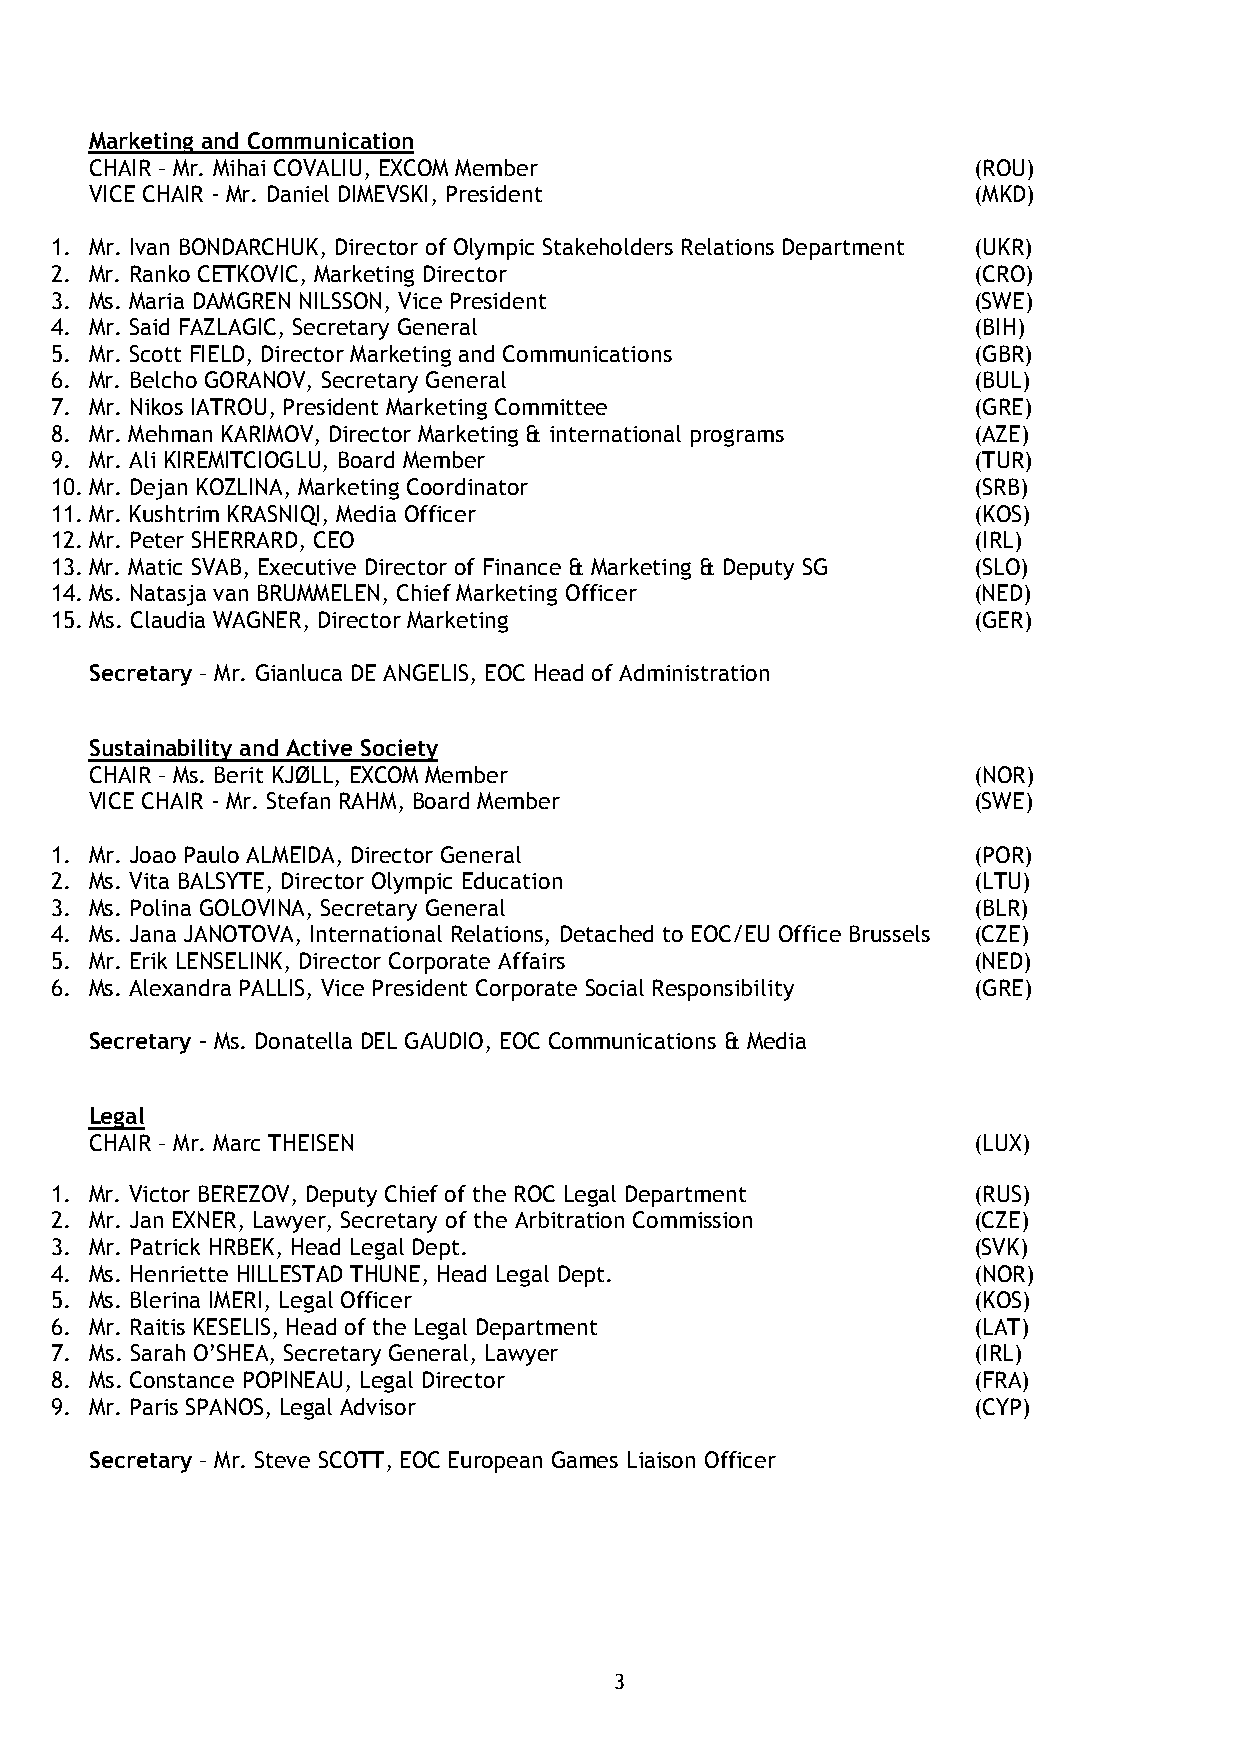
Marketing and Communication
 CHAIR – Mr. Mihai COVALIU, EXCOM Member                   (ROU)
 VICE CHAIR - Mr. Daniel DIMEVSKI, President               (MKD)
 1. Mr. Ivan BONDARCHUK, Director of Olympic Stakeholders Relations Department (UKR)
 2. Mr. Ranko CETKOVIC, Marketing Director                    (CRO)
 3. Ms. Maria DAMGREN NILSSON, Vice President                 (SWE)
 4. Mr. Said FAZLAGIC, Secretary General                      (BIH)
 5. Mr. Scott FIELD, Director Marketing and Communications    (GBR)
 6. Mr. Belcho GORANOV, Secretary General                     (BUL)
 7. Mr. Nikos IATROU, President Marketing Committee           (GRE)
 8. Mr. Mehman KARIMOV, Director Marketing & international programs (AZE)
 9. Mr. Ali KIREMITCIOGLU, Board Member                       (TUR)
 10. Mr. Dejan KOZLINA, Marketing Coordinator                 (SRB)
 11. Mr. Kushtrim KRASNIQI, Media Officer                     (KOS)
 12. Mr. Peter SHERRARD, CEO                                  (IRL)
 13. Mr. Matic SVAB, Executive Director of Finance & Marketing & Deputy SG (SLO)
 14. Ms. Natasja van BRUMMELEN, Chief Marketing Officer       (NED)
 15. Ms. Claudia WAGNER, Director Marketing                   (GER)
 Secretary – Mr. Gianluca DE ANGELIS, EOC Head of Administration
 Sustainability and Active Society
 CHAIR – Ms. Berit KJØLL, EXCOM Member                     (NOR)
 VICE CHAIR - Mr. Stefan RAHM, Board Member                (SWE)
 1. Mr. Joao Paulo ALMEIDA, Director General                  (POR)
 2. Ms. Vita BALSYTE, Director Olympic Education              (LTU)
 3. Ms. Polina GOLOVINA, Secretary General                    (BLR)
 4. Ms. Jana JANOTOVA, International Relations, Detached to EOC/EU Office Brussels (CZE)
 5. Mr. Erik LENSELINK, Director Corporate Affairs            (NED)
 6. Ms. Alexandra PALLIS, Vice President Corporate Social Responsibility (GRE)
 Secretary – Ms. Donatella DEL GAUDIO, EOC Communications & Media
 Legal
 CHAIR – Mr. Marc THEISEN                                  (LUX)
 1. Mr. Victor BEREZOV, Deputy Chief of the ROC Legal Department (RUS)
 2. Mr. Jan EXNER, Lawyer, Secretary of the Arbitration Commission (CZE)
 3. Mr. Patrick HRBEK, Head Legal Dept.                       (SVK)
 4. Ms. Henriette HILLESTAD THUNE, Head Legal Dept.           (NOR)
 5. Ms. Blerina IMERI, Legal Officer                          (KOS)
 6. Mr. Raitis KESELIS, Head of the Legal Department          (LAT)
 7. Ms. Sarah O’SHEA, Secretary General, Lawyer               (IRL)
 8. Ms. Constance POPINEAU, Legal Director                    (FRA)
 9. Mr. Paris SPANOS, Legal Advisor                           (CYP)
 Secretary – Mr. Steve SCOTT, EOC European Games Liaison Officer
 3